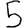
Digit: 5